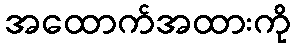
အထောက်အထားကို